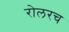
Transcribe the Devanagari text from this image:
रोलरच